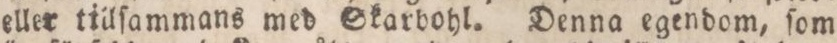
eller tillſammans med Skarbohl. Denna egendom, ſom